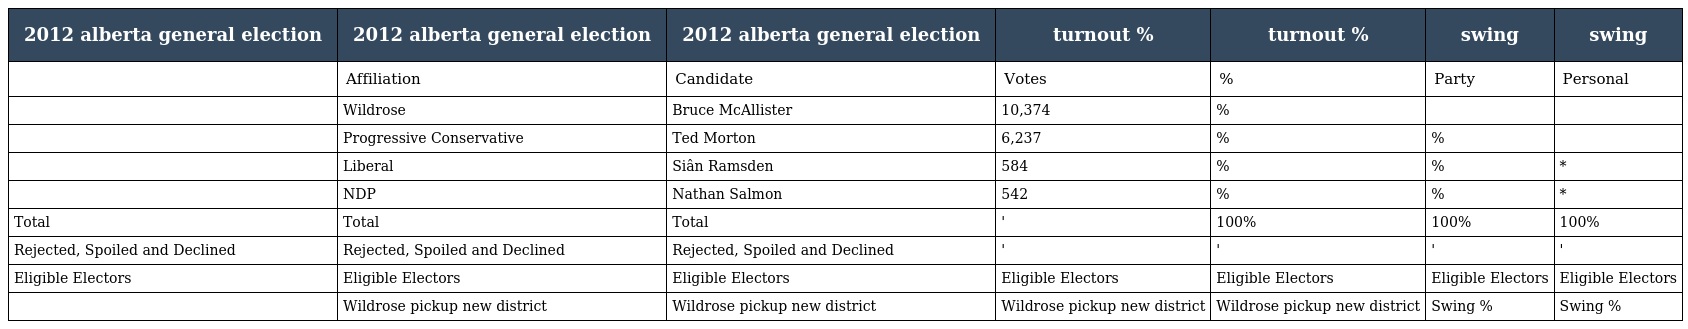
| 2012 alberta general election | 2012 alberta general election | 2012 alberta general election | turnout % | turnout % | swing | swing |
 | --- | --- | --- | --- | --- | --- | --- |
 |  | Affiliation | Candidate | Votes | % | Party | Personal |
 |  | Wildrose | Bruce McAllister | 10,374 | % |  |  |
 |  | Progressive Conservative | Ted Morton | 6,237 | % | % |  |
 |  | Liberal | Siân Ramsden | 584 | % | % | * |
 |  | NDP | Nathan Salmon | 542 | % | % | * |
 | Total | Total | Total | ' | 100% | 100% | 100% |
 | Rejected, Spoiled and Declined | Rejected, Spoiled and Declined | Rejected, Spoiled and Declined | ' | ' | ' | ' |
 | Eligible Electors | Eligible Electors | Eligible Electors | Eligible Electors | Eligible Electors | Eligible Electors | Eligible Electors |
 |  | Wildrose pickup new district | Wildrose pickup new district | Wildrose pickup new district | Wildrose pickup new district | Swing % | Swing % |